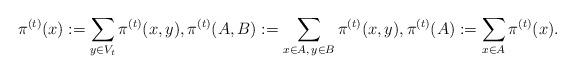
LaTeX: \begin{align*}\pi^{(t)}(x):=\sum_{y\in V_t}\pi^{(t)}(x,y), \pi^{(t)}(A,B):=\sum_{x\in A,\, y\in B}\pi^{(t)}(x,y), \pi^{(t)}(A):=\sum_{x\in A}\pi^{(t)}(x).\end{align*}